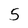
Character: 5